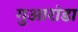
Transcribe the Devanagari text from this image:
गुआरांडा